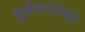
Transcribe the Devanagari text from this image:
सुभेदारांच्या